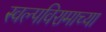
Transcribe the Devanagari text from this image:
स्वल्पविरामाच्या